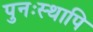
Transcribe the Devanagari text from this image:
पुनःस्थापि